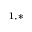
^ { 1 , * }